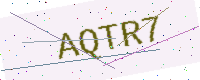
Text: AQTR7